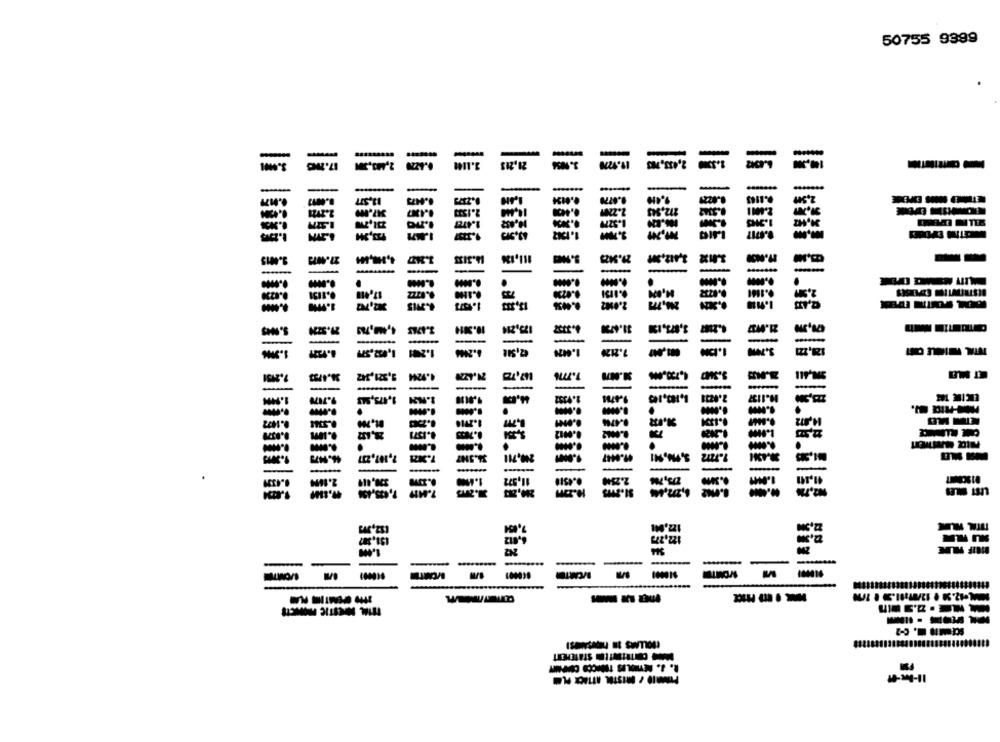
50755 9399
-
ww's
-
LES'tI
M25
-
11512